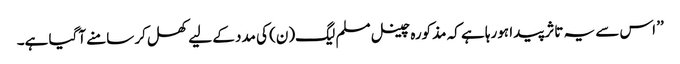
’’ اس سے یہ تاثر پیدا ہورہا ہے کہ مذکورہ چینل مسلم لیگ(ن) کی مدد کے لیے کھل کر سامنے آگیا ہے۔